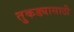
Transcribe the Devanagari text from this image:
तुकड्यासाठी